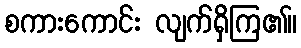
စကားကောင်း လျက်ရှိကြ၏။